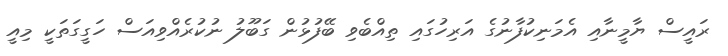
ރައީސް ޔާމީނާއި އެމަނިކުފާނުގެ އަރިހުގައި ތިއްބެވި ބޭފުޅުން ގަބޫލު ނުކުރެއްވިއަސް ހަގީގަތަކީ މިއީ